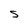
Character: S